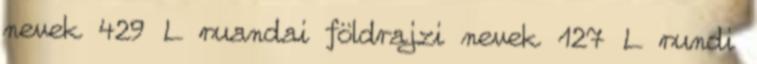
nevek‎ 429 L ruandai földrajzi nevek‎ 127 L rundi